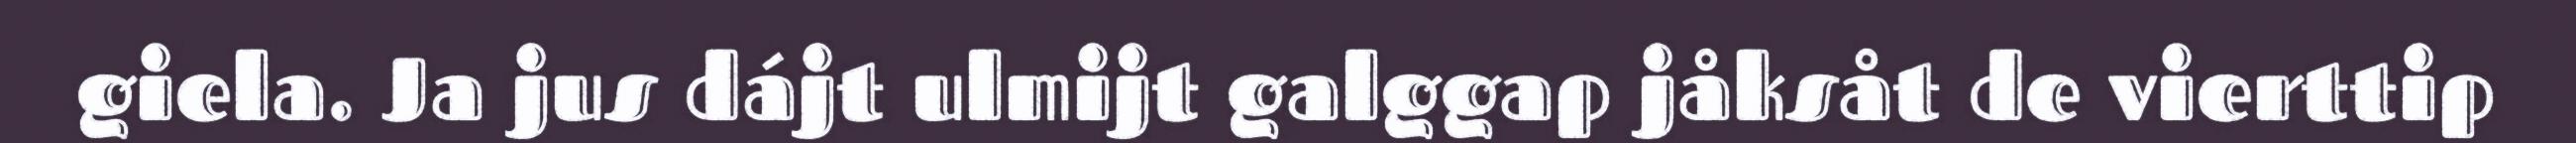
giela. Ja jus dájt ulmijt galggap jåksåt de vierttip